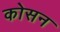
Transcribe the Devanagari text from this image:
कोसन